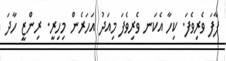
ފާފަ ވެރިވެފަ. ކިހާ އެކަނ ވެރިވެފަ މިއަދު އަހަރެން މިހިރީ. ރިންޒީ ހާދަ